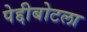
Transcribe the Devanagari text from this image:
पेद्दीबोटला